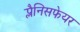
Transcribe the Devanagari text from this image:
प्लैनिसफेयर